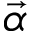
\vec { \alpha }